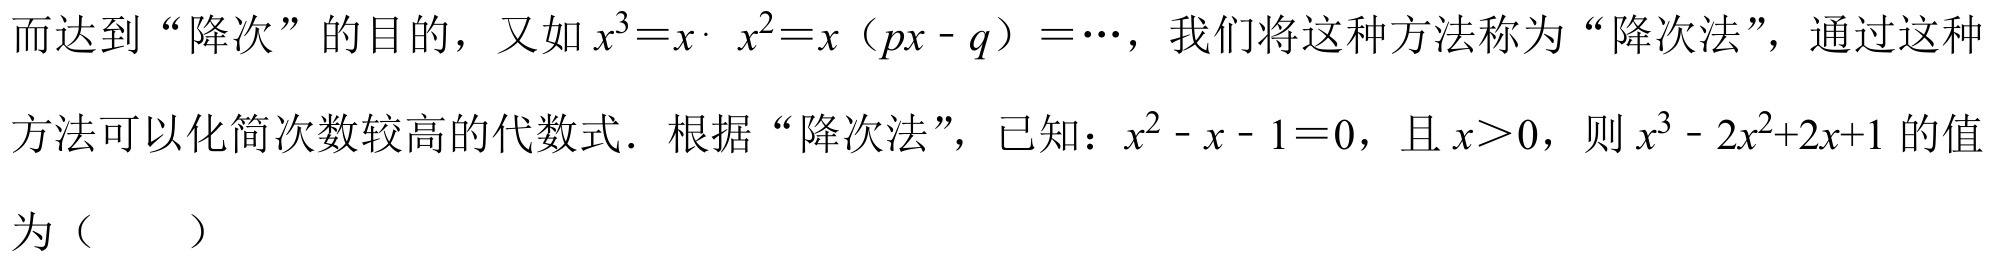
而达到“降次”的目的，又如$x^{3}=x\cdot x^{2}=x（px - q）=\cdots$，我们将这种方法称为“降次法”，通过这种
方法可以化简次数较高的代数式．根据“降次法”，已知：$x^{2}-x - 1 = 0$，且$x>0$，则$x^{3}-2x^{2}+2x + 1$的值
为（  ）